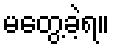
မတွေ့ခဲ့ရ။